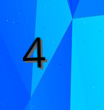
4